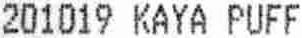
201019 KAYA PUFF